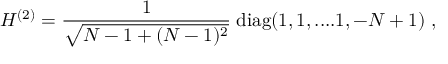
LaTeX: H ^ { ( 2 ) } = \frac { 1 } { \sqrt { N - 1 + ( N - 1 ) ^ { 2 } } } \; \mathrm { d i a g } ( 1 , 1 , . . . . 1 , - N + 1 ) \; ,